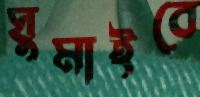
ঘুমাইবে